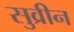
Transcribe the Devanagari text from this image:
सुव्रीन